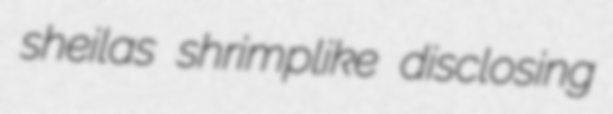
sheilas shrimplike disclosing